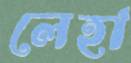
লেহা